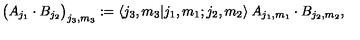
\big ( A _ { j _ { 1 } } \cdot B _ { j _ { 2 } } \big ) _ { j _ { 3 } , m _ { 3 } } : = \langle j _ { 3 } , m _ { 3 } | j _ { 1 } , m _ { 1 } ; j _ { 2 } , m _ { 2 } \rangle \: A _ { j _ { 1 } , m _ { 1 } } \cdot B _ { j _ { 2 } , m _ { 2 } } ,